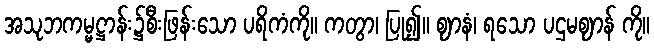
အသုဘကမ္မဋ္ဌာန်း၌စီးဖြန်းသော ပရိကံကို။ ကတွာ၊ ပြု၍။ ဈာနံ၊ ရသော ပဌမဈာန် ကို။